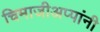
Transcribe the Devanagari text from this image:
चिमाजीअप्पांनी